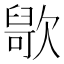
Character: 𣤑